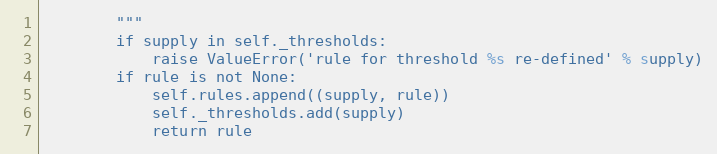
Language: Python
        """
        if supply in self._thresholds:
            raise ValueError('rule for threshold %s re-defined' % supply)
        if rule is not None:
            self.rules.append((supply, rule))
            self._thresholds.add(supply)
            return rule